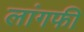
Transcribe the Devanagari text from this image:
लांगफी